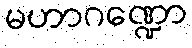
မဟာဂဏ္ဍော